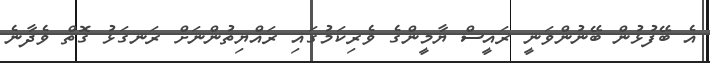
އެ ބޭފުޅުން ބޭނުންވަނީ ރައީސް ޔާމީންގެ ވެރިކަމުގައި ރައްޔިތުންނަށް ރަނގަޅު ގޮތް ވެދާނެ